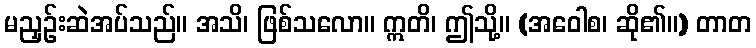
မညှဉ်းဆဲအပ်သည်။ အသိ၊ ဖြစ်သလော။ ဣတိ၊ ဤသို့။ (အဝေါစ၊ ဆို၏။) တာတ